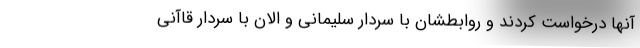
آنها درخواست کردند و روابطشان با سردار سلیمانی و الان با سردار قاآنی